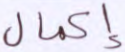
إكمال